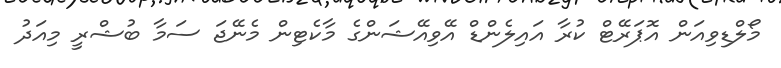
މޯލްޑިވިއަން އޮޕަރޭޓް ކުރާ އައިލެންޑް އޭވިއޭޝަންގެ މާކެޓިން މެނޭޖަ ސަމާ ބުޝްރީ މިއަދު